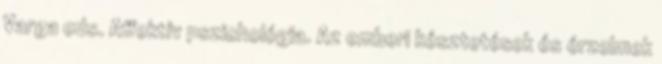
Varga eds. Aﬀektív pszichológia. Az emberi késztetések és érzelmek